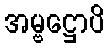
အမ္ဗဋ္ဌောပိ